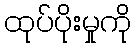
ထုပ်ပိုးမှုကို